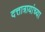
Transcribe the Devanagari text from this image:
दत्तात्रायांच्या